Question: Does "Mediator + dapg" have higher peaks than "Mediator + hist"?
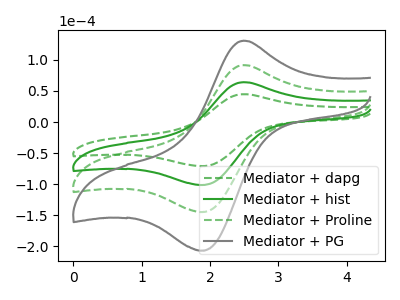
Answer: <think>The green dashed curve "Mediator + dapg" has an anodic peak at (2.50V, 44.85uA) and a cathodic peak at (1.85V, -70.90uA). The green curve "Mediator + hist" has an anodic peak at (2.50V, 64.15uA) and a cathodic peak at (1.85V, -101.30uA). The green dashed curve "Mediator + Proline" has an anodic peak at (2.50V, 128.25uA) and a cathodic peak at (1.85V, -202.60uA). The gray curve "Mediator + PG" has an anodic peak at (2.50V, 192.40uA) and a cathodic peak at (1.85V, -303.90uA).</think>
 <answer>Every peak in "Mediator + dapg" is lower than every peak in "Mediator + hist".</answer>
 <eval>lower</eval>